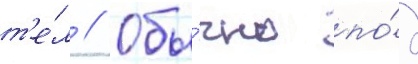
т'е́л // Обы́чно по́д